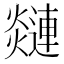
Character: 𲆅